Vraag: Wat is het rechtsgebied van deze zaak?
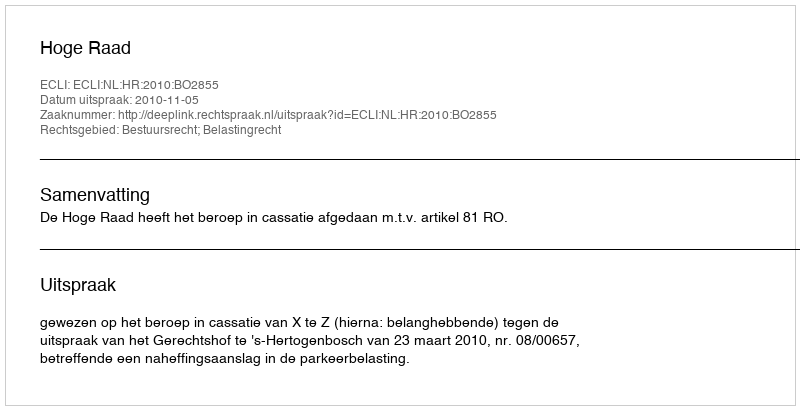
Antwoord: Bestuursrecht; Belastingrecht